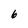
Character: 6